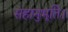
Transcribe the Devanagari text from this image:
सहानुभूति।